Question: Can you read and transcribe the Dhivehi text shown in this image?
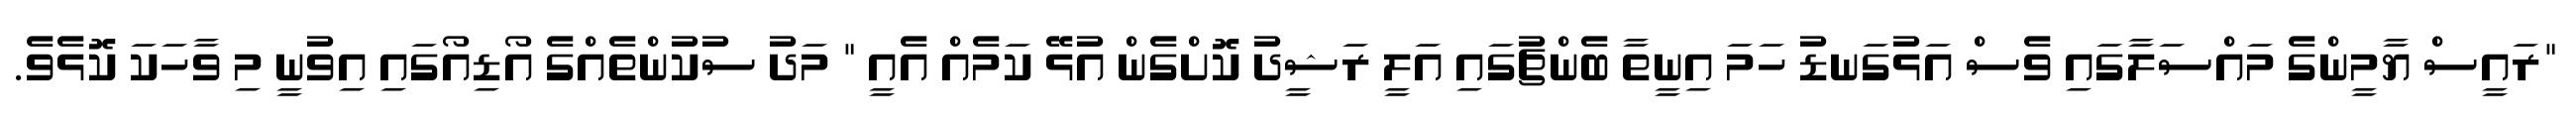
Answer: "ރައީސް ޔާމީންގެ މައްސަލާގައި ވެސް އަޅުގަނޑު ހަމަ އިނީތާ ބެންޗުގައި އަލީ ރަޝީދު ކޮށްގެން އުޅޭ ކަމެއް އެއީ " މަދު ސުކުންތެއްގެ އޯޑިއޯގައި އިވުނީ މި ވާހަކަ ކޮޅެވެ.